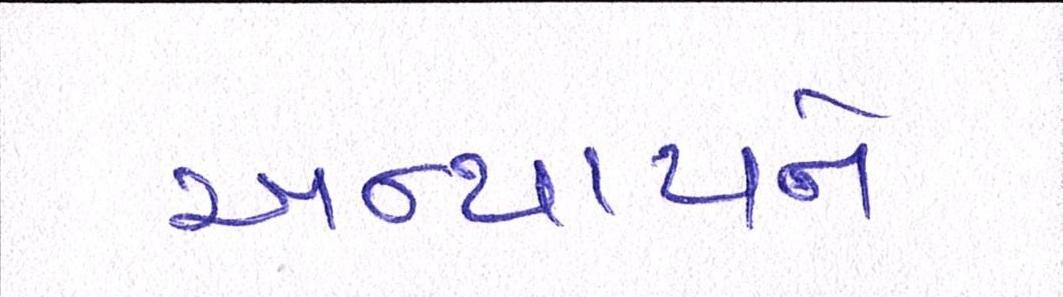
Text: અન્યાયને